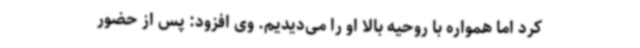
کرد اما همواره با روحیه بالا او را می‌دیدیم. وی افزود: پس از حضور